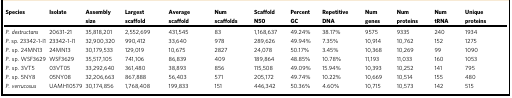
<table><thead><tr><td><b>Species</b></td><td><b>Isolate</b></td><td><b>Assembly size</b></td><td><b>Largest scaffold</b></td><td><b>Average scaffold</b></td><td><b>Num scaffolds</b></td><td><b>Scaffold N50</b></td><td><b>Percent GC</b></td><td><b>Repetitive DNA</b></td><td><b>Num genes</b></td><td><b>Num proteins</b></td><td><b>Num tRNA</b></td><td><b>Unique proteins</b></td></tr></thead><tbody><tr><td><i>P. destructans</i></td><td>20631-21</td><td>35,818,201</td><td>2,552,699</td><td>431,545</td><td>83</td><td>1,168,637</td><td>49.24%</td><td>38.17%</td><td>9575</td><td>9335</td><td>240</td><td>1934</td></tr><tr><td><i>P</i>. sp. 23342-1-I1</td><td>23342-1-I1</td><td>32,900,320</td><td>990,412</td><td>33,640</td><td>978</td><td>289,626</td><td>49.94%</td><td>7.35%</td><td>10,914</td><td>10,762</td><td>152</td><td>1275</td></tr><tr><td><i>P</i>. sp. 24MN13</td><td>24MN13</td><td>30,179,533</td><td>129,019</td><td>10,675</td><td>2827</td><td>24,078</td><td>50.17%</td><td>3.45%</td><td>10,368</td><td>10,269</td><td>99</td><td>1090</td></tr><tr><td><i>P</i>. sp. WSF3629</td><td>WSF3629</td><td>35,517,105</td><td>741,106</td><td>86,839</td><td>409</td><td>189,864</td><td>48.85%</td><td>10.78%</td><td>11,193</td><td>11,033</td><td>160</td><td>1053</td></tr><tr><td><i>P</i>. sp. 3VT5</td><td>03VT05</td><td>33,292,640</td><td>361,480</td><td>38,893</td><td>856</td><td>115,508</td><td>49.09%</td><td>15.94%</td><td>10,393</td><td>10,252</td><td>141</td><td>795</td></tr><tr><td><i>P</i>. sp. 5NY8</td><td>05NY08</td><td>32,206,663</td><td>867,888</td><td>56,403</td><td>571</td><td>205,172</td><td>49.74%</td><td>10.22%</td><td>10,669</td><td>10,514</td><td>155</td><td>480</td></tr><tr><td><i>P. verrucosus</i></td><td>UAMH10579</td><td>30,174,856</td><td>1,768,408</td><td>199,833</td><td>151</td><td>446,342</td><td>50.36%</td><td>4.60%</td><td>10,715</td><td>10,573</td><td>142</td><td>515</td></tr></tbody></table>